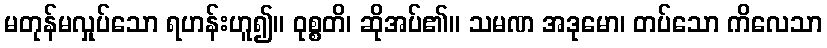
မတုန်မလှုပ်သော ရဟန်းဟူ၍။ ဝုစ္စတိ၊ ဆိုအပ်၏။ သမဏ အဒုမော၊ တပ်သော ကိလေသာ